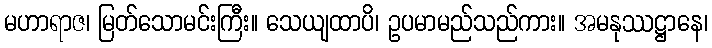
မဟာရာဇ၊ မြတ်သောမင်းကြီး။ သေယျထာပိ၊ ဥပမာမည်သည်ကား။ အမနုဿဋ္ဌာနေ၊